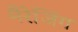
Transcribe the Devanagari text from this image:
मैरेजिंग